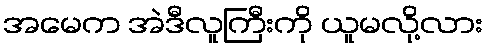
အမေက အဲဒီလူကြီးကို ယူမလို့လား